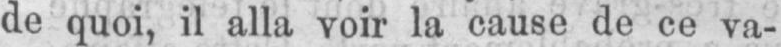
de quoi, il alla voir la cause de ce va-